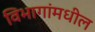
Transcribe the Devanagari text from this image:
विभागांमधील